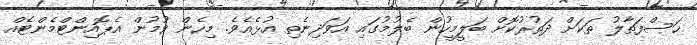
ހަސްފަތާލު ތަކަށް ދަތުރުކޮށް ބަލީމީހުން ބެލުމުގައި އަވަދިނެތި އުޅެއެވެ. މިހެން ވުމުން އެޕޮއިންޓްމެންޓެއް